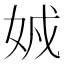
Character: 𡜐